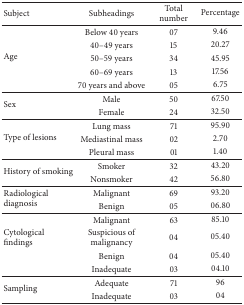
<table><thead><tr><td><b>Subject</b></td><td><b>Subheadings</b></td><td><b>Total number</b></td><td><b>Percentage</b></td></tr></thead><tbody><tr><td rowspan="5">Age</td><td>Below 40 years</td><td>07</td><td>9.46</td></tr><tr><td>40–49 years</td><td>15</td><td>20.27</td></tr><tr><td>50–59 years</td><td>34</td><td>45.95</td></tr><tr><td>60–69 years</td><td>13</td><td>17.56</td></tr><tr><td>70 years and above</td><td>05</td><td>6.75</td></tr><tr><td rowspan="2">Sex</td><td>Male </td><td>50</td><td>67.50</td></tr><tr><td>Female </td><td>24</td><td>32.50</td></tr><tr><td rowspan="3">Type of lesions</td><td>Lung mass</td><td>71</td><td>95.90</td></tr><tr><td>Mediastinal mass </td><td>02</td><td>2.70</td></tr><tr><td>Pleural mass</td><td>01</td><td>1.40</td></tr><tr><td rowspan="2">History of smoking</td><td>Smoker </td><td>32</td><td>43.20</td></tr><tr><td>Nonsmoker</td><td>42</td><td>56.80</td></tr><tr><td rowspan="2">Radiological diagnosis</td><td>Malignant </td><td>69</td><td>93.20</td></tr><tr><td>Benign </td><td>05</td><td>06.80</td></tr><tr><td rowspan="4">Cytological findings</td><td>Malignant </td><td>63</td><td>85.10</td></tr><tr><td>Suspicious of malignancy</td><td>04</td><td>05.40</td></tr><tr><td>Benign </td><td>04</td><td>05.40</td></tr><tr><td>Inadequate</td><td>03</td><td>04.10</td></tr><tr><td rowspan="2">Sampling</td><td>Adequate </td><td>71</td><td>96</td></tr><tr><td>Inadequate </td><td>03</td><td>04</td></tr></tbody></table>